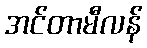
အင်တာမီလန်